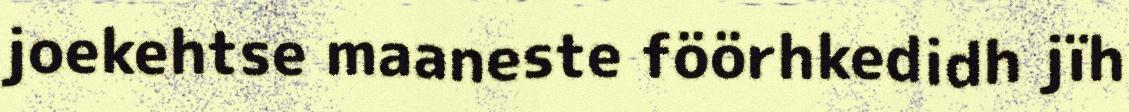
joekehtse maaneste föörhkedidh jïh